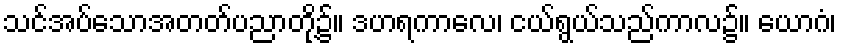
သင်အပ်သောအတတ်ပညာတို့၌။ ဒဟရကာလေ၊ ငယ်ရွယ်သည်ကာလ၌။ ယောဂံ၊